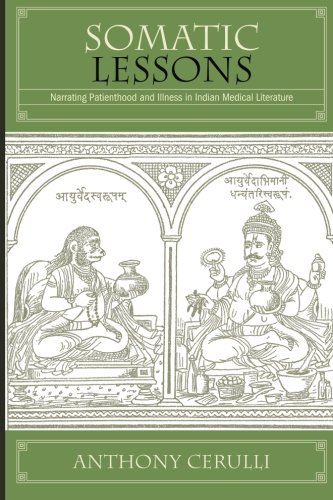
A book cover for Somatic Lessons: Narrating Patienthood and Illness in Indian Medical Literature (SUNY series in Hindu Studies); Anthony Cerulli; Religion & Spirituality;